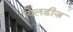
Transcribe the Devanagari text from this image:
यिलडीज़